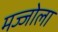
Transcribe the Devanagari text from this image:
मज्जोला